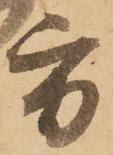
方